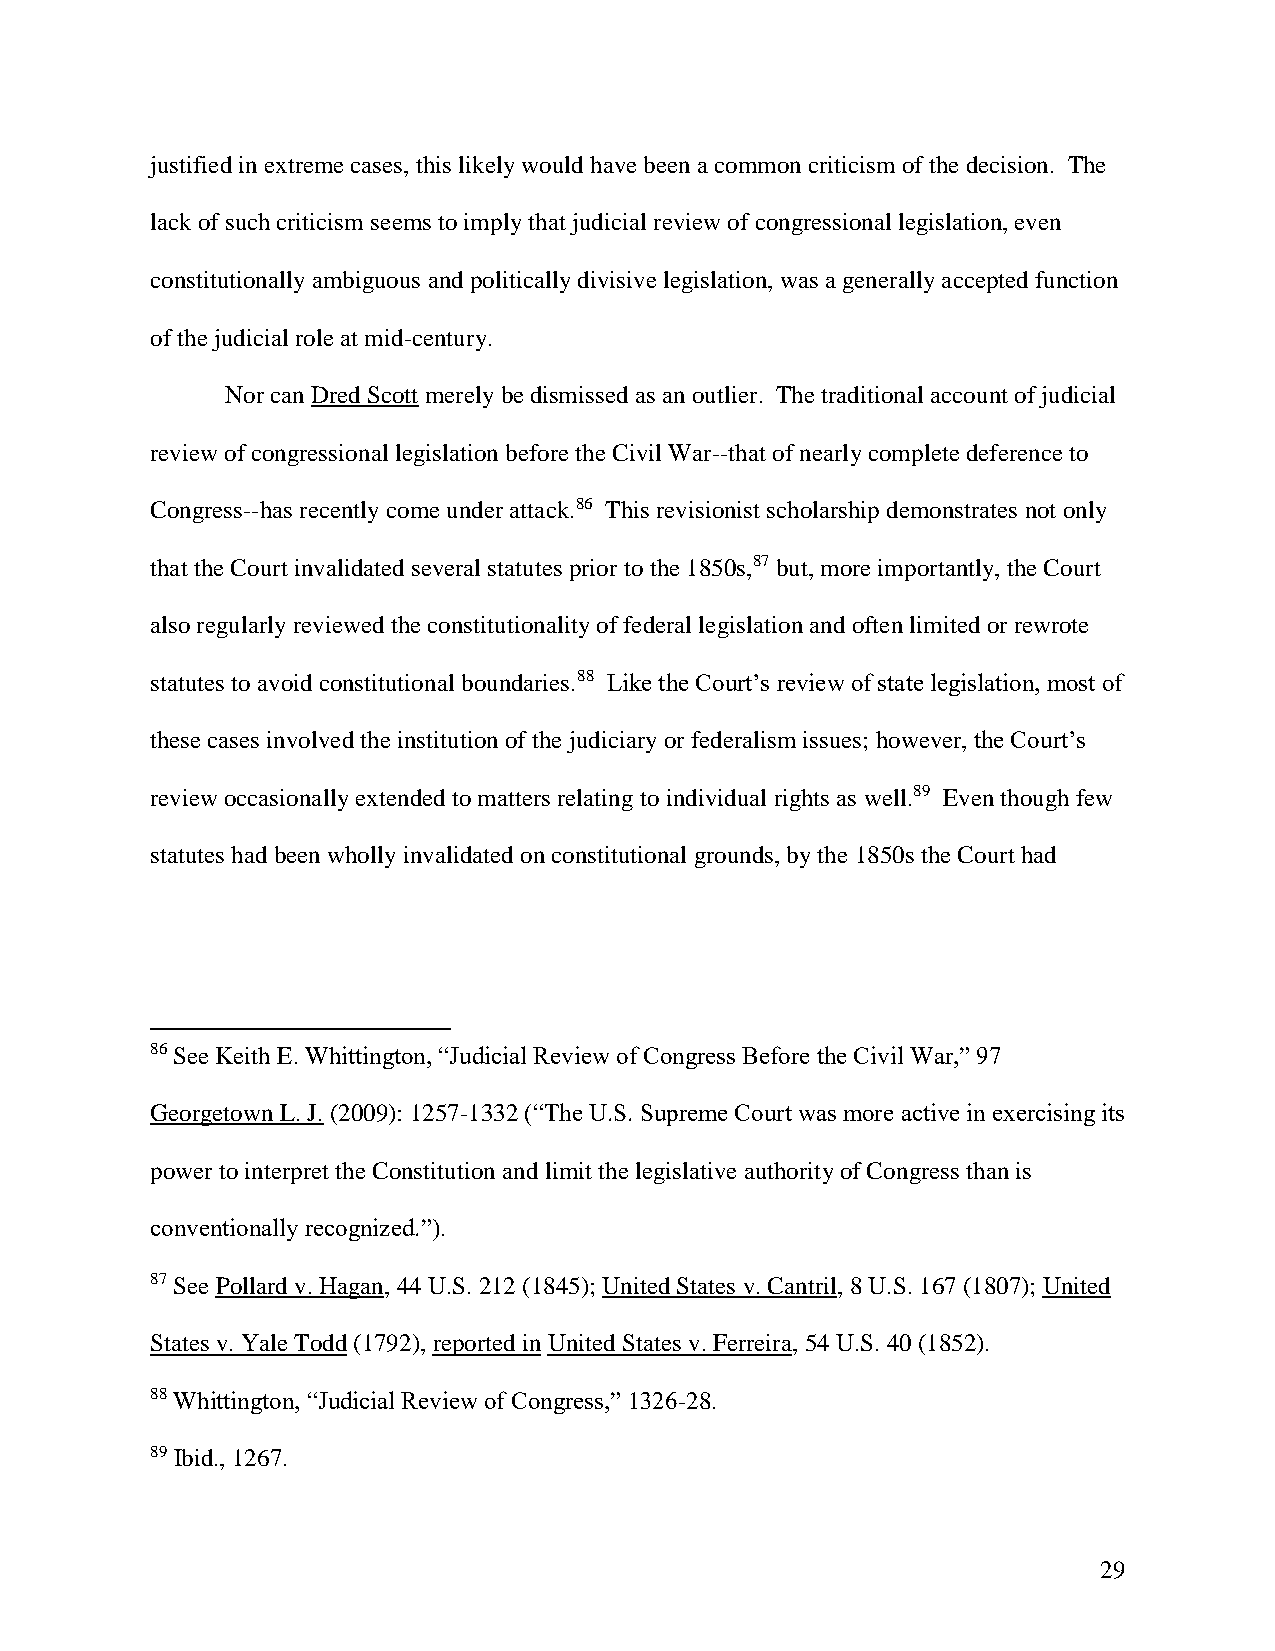
justified in extreme cases, this likely would have been a common criticism of the decision. The
 lack of such criticism seems to imply that judicial review of congressional legislation, even
 constitutionally ambiguous and politically divisive legislation, was a generally accepted function
 of the judicial role at mid-century.
 Nor can Dred Scott merely be dismissed as an outlier. The traditional account of judicial
 review of congressional legislation before the Civil War--that of nearly complete deference to
 Congress--has recently come under attack.86 This revisionist scholarship demonstrates not only
 that the Court invalidated several statutes prior to the 1850s,87 but, more importantly, the Court
 also regularly reviewed the constitutionality of federal legislation and often limited or rewrote
 statutes to avoid constitutional boundaries.88 Like the Court’s review of state legislation, most of
 these cases involved the institution of the judiciary or federalism issues; however, the Court’s
 review occasionally extended to matters relating to individual rights as well.89 Even though few
 statutes had been wholly invalidated on constitutional grounds, by the 1850s the Court had
 86 See Keith E. Whittington, “Judicial Review of Congress Before the Civil War,” 97
 Georgetown L. J. (2009): 1257-1332 (“The U.S. Supreme Court was more active in exercising its
 power to interpret the Constitution and limit the legislative authority of Congress than is
 conventionally recognized.”).
 87 See Pollard v. Hagan, 44 U.S. 212 (1845); United States v. Cantril, 8 U.S. 167 (1807); United
 States v. Yale Todd (1792), reported in United States v. Ferreira, 54 U.S. 40 (1852).
 88 Whittington, “Judicial Review of Congress,” 1326-28.
 89 Ibid., 1267.
 29